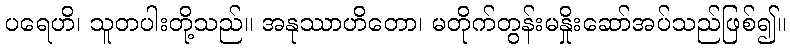
ပရေဟိ၊ သူတပါးတို့သည်။ အနုဿာဟိတော၊ မတိုက်တွန်းမနှိုးဆော်အပ်သည်ဖြစ်၍။